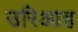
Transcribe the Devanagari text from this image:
उरिआह